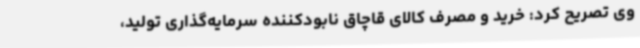
وی تصریح کرد: خرید و مصرف کالای قاچاق نابودکننده سرمایه‌گذاری تولید،